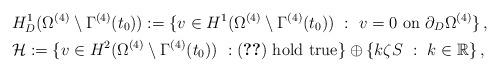
LaTeX: \begin{align*}& H^1_D(\Omega^{(4)}\setminus \Gamma^{(4)}(t_0)) :=\{v \in H^1(\Omega^{(4)}\setminus \Gamma^{(4)}(t_0)) \ :\ v = 0 \ \hbox{on }\partial_D \Omega^{(4)}\}\,, \\& {\mathcal H} := \{ v \in H^2(\Omega^{(4)}\setminus \Gamma^{(4)}(t_0)) \ : \eqref{bc-v}\ \hbox{hold true} \} \oplus \{k \zeta S\ :\ k\in \mathbb R\}\,,\end{align*}